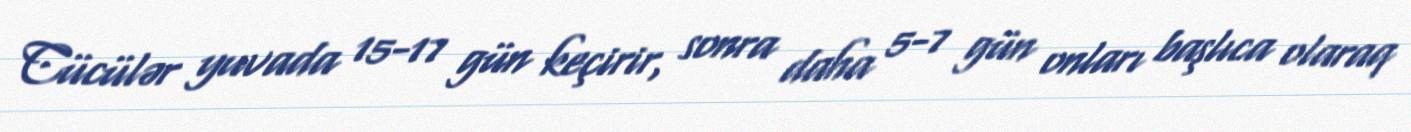
Cücülər yuvada 15-17 gün keçirir, sonra daha 5-7 gün onları başlıca olaraq